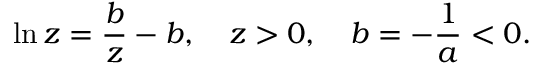
\ln z = \frac { b } { z } - b , \quad z > 0 , \quad b = - \frac { 1 } { a } < 0 .